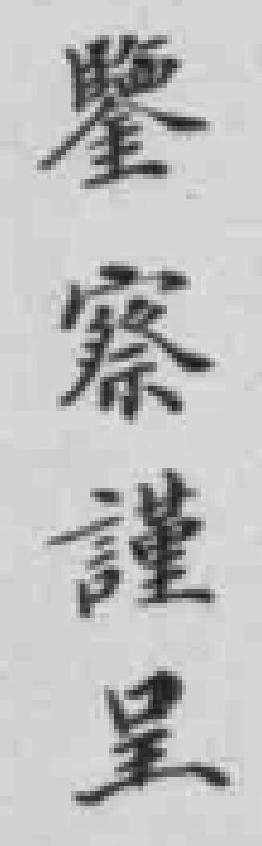
鑒察謹呈